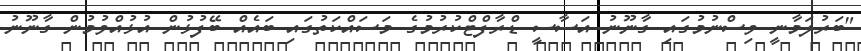
"ބަރުލަމާނީ ވިސްނުމުގައި ގާނޫނު އަސާސީ ޑްރާފްޓްކުރުމުގެ މަސައްކަތުގައި ބައެއް ބޭފުޅުން އުޅުއްވުމުން ގާނޫނު